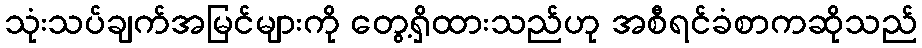
သုံးသပ်ချက်အမြင်များကို တွေ့ရှိထားသည်ဟု အစီရင်ခံစာကဆိုသည်